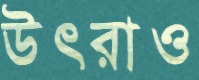
উৎরাও